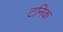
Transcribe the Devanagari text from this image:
टनिक